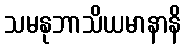
သမနုဘာသိယမာနာနိ